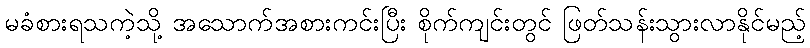
မခံစားရသကဲ့သို့ အသောက်အစားကင်းပြီး စိုက်ကျင်းတွင် ဖြတ်သန်းသွားလာနိုင်မည့်